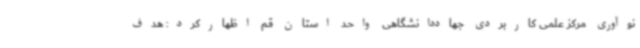
نوآوری مرکز علمی کاربردی جهاددانشگاهی واحد استان قم اظهارکرد: هدف